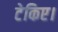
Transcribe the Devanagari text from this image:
टेकिए।